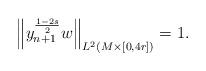
LaTeX: \begin{align*}\left\| y_{n+1}^{\frac{1-2s}{2}} w \right\|_{L^2(M \times [0,4r])} = 1.\end{align*}